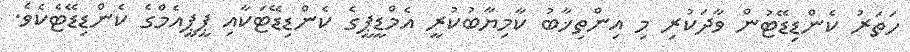
ހަތަރު ކެންޑިޑޭޓުން ވާދަކުރި މި އިންތިޚާބު ކާމިޔާބުކުރީ އެމްޑީޕީގެ ކެންޑިޑޭޓަކާއި ޕީޕީއެމްގެ ކެންޑިޑޭޓެކެވެ.